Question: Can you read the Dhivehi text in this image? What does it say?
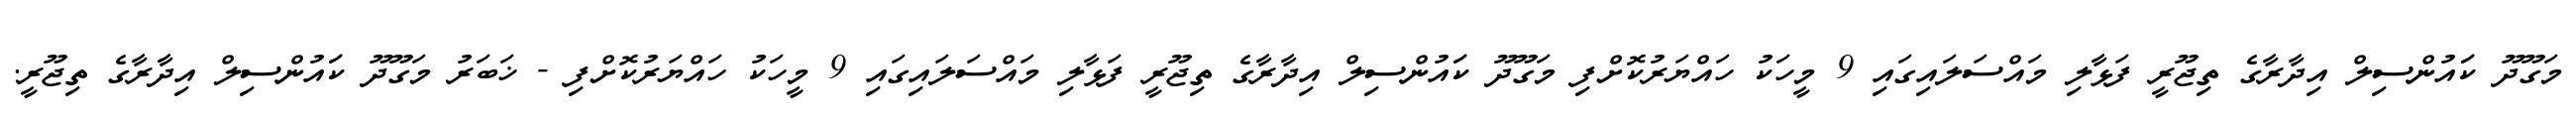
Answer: މަގޫދޫ ކަައުންސިލް އިދާރާގެ ތިޖޫރީ ފަޅާލި މައްސަލައިގައި 9 މީހަކު ހައްޔަރުކޮށްފި މަގޫދޫ ކަައުންސިލް އިދާރާގެ ތިޖޫރީ ފަޅާލި މައްސަލައިގައި 9 މީހަކު ހައްޔަރުކޮށްފި - ޚަބަރު މަގޫދޫ ކަައުންސިލް އިދާރާގެ ތިޖޫރީ.